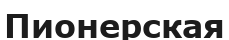
Пионерская